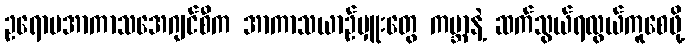
ဥရောပအာကာသအေဂျင်စီက အာကာသယာဉ်မှူးတွေ ကမ္ဘာနဲ့ ဆက်သွယ်ရလွယ်ကူစေဖို့